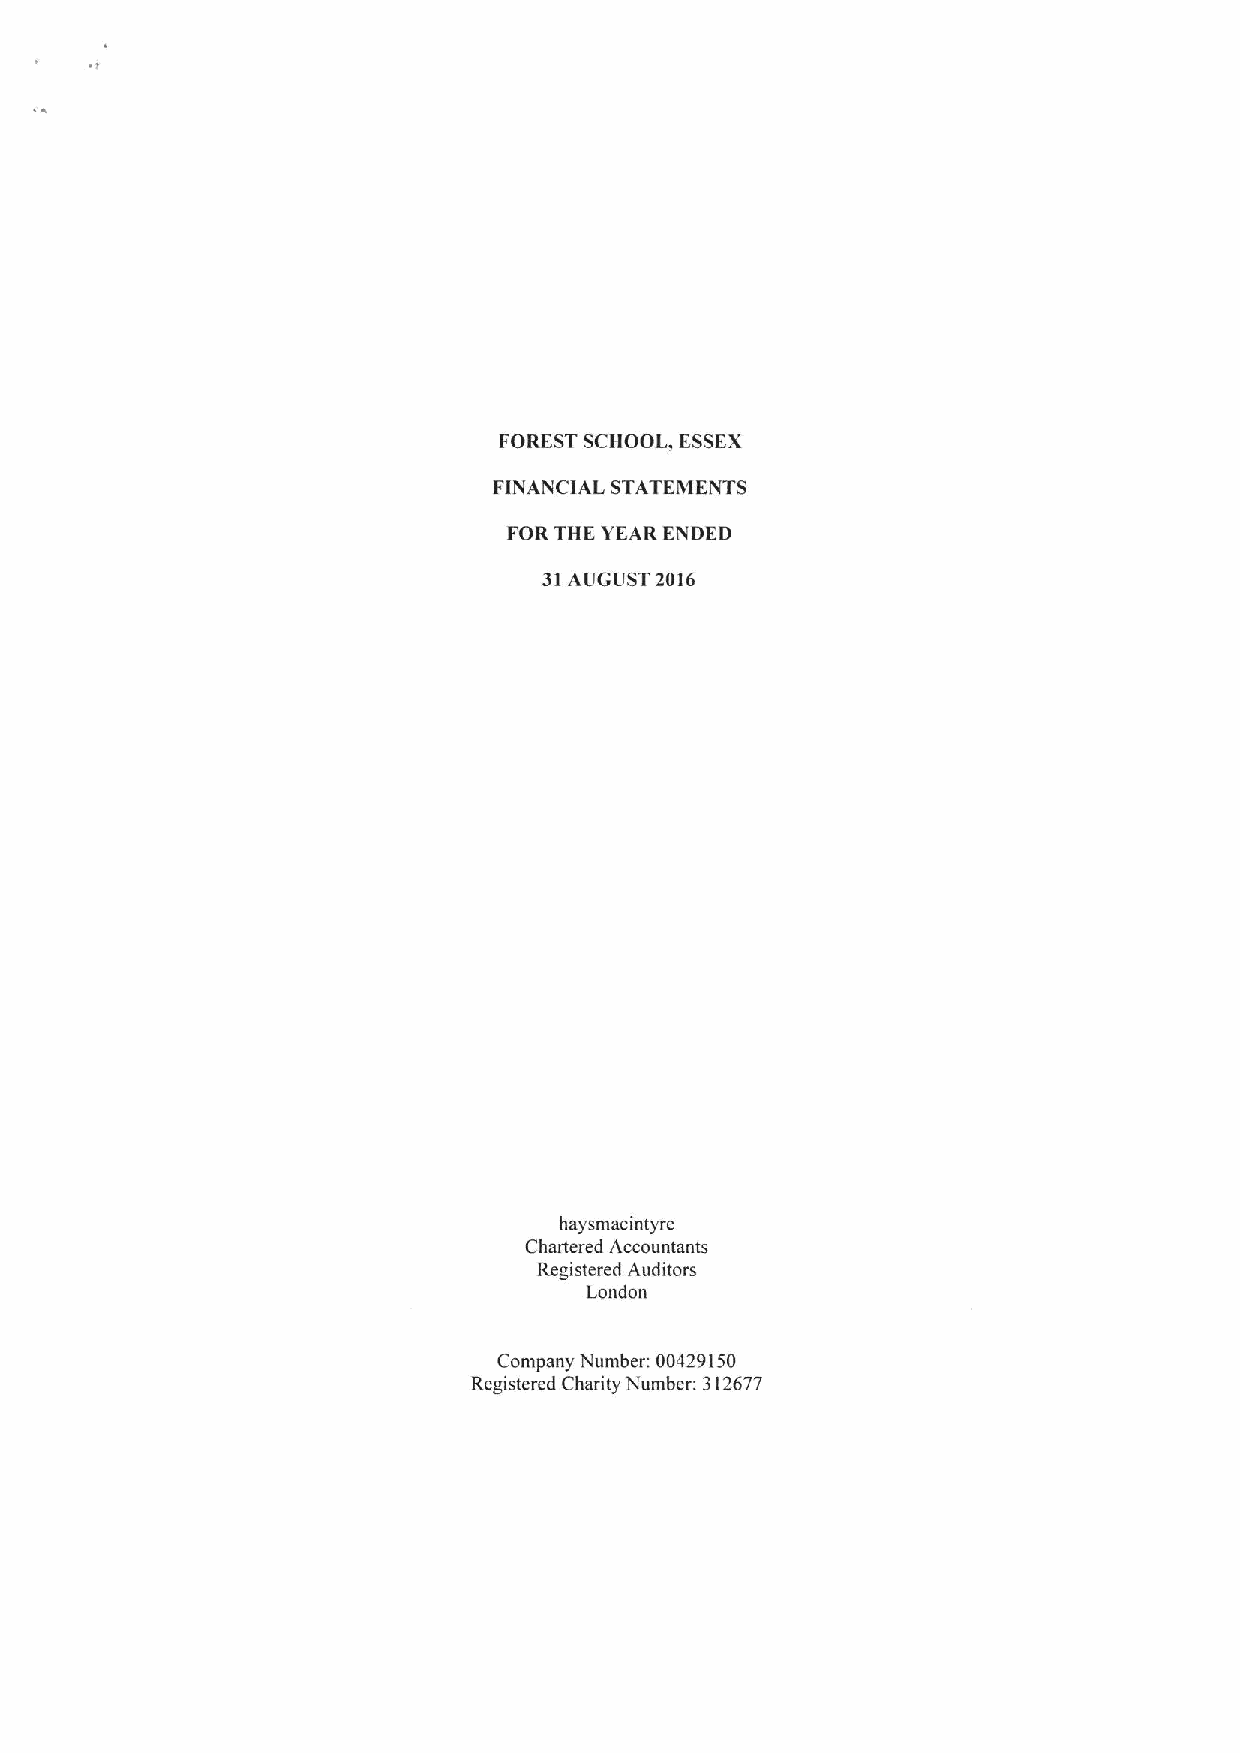
FOREST SCHOOL, ESSEX
 FINANCIAL STATEMENTS
 FORTHE YEAR ENDED
 31AUGUST 2016
 haysmacintyre
 Chartered Accountants
 Registered Auditors
 London
 Company Number: 00429150
 Registered Charity Number: 312677